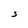
Character: S